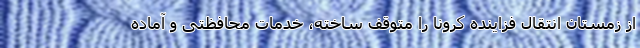
از زمستان انتقال فزاینده کرونا را متوقف ساخته، خدمات محافظتی و آماده